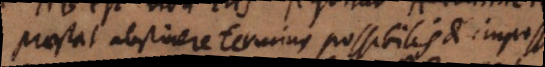
Praestat abstinere terminis possibilis et impossibilis.